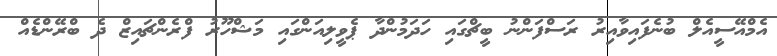
އެމްއޭސީއެލް ބުނެފައިވާއިރު ރަސްފަންނު ބީޗްގައި ހަދަމުންދާ ޕެވީލިއަންގައި މަޝްހޫރު ފްރެންޗައިޒް ދެ ބްރޭންޑެއް